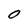
Character: O